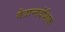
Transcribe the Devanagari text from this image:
वेदान्तदेशिक